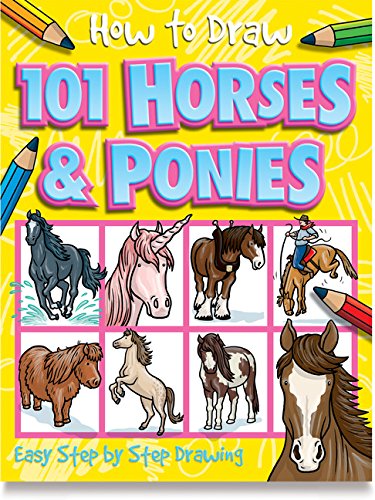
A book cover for How to Draw 101 Horses & Ponies (How to Draw (Top That Kids)); Children's Books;